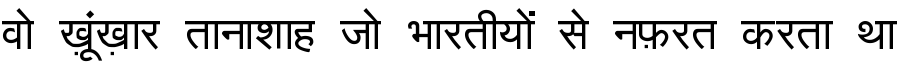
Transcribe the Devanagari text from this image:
वो ख़ूंख़ार तानाशाह जो भारतीयों से नफ़रत करता था